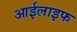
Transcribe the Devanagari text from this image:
आईलाइफ